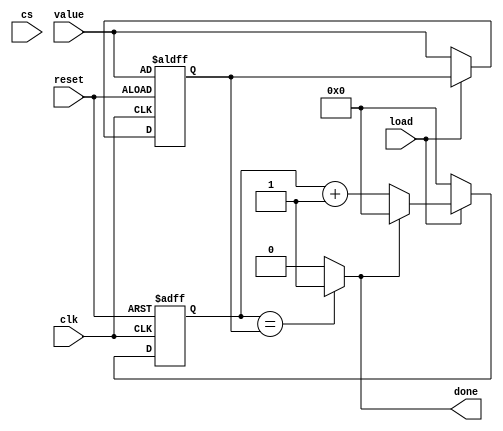
module lb_clockCounter(
    input clk,
	input reset,
	input [N-1:0] value,
	input cs,
	input load,
	output wire done
    );
	
	localparam N = 20;
	reg [N-1:0] n_bits;
	reg [N-1:0] cont;
	wire [N-1:0] n_cont;
	
	assign n_cont = ((done) ? 0 : (cont+1));
	assign done = (cont==n_bits) ? 1 : 0;
	
	always @(posedge clk, negedge reset)
		//if(!cs) begin
			if(!reset) begin 
				cont <= 0; 
				n_bits <= value;
			end
			else begin
				if(!load) begin
					cont <= 0; 
					n_bits <= value;
				end
				else 
					cont <= n_cont;
			end
		
endmodule